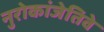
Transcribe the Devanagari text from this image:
नुरोकांजेतिवे